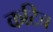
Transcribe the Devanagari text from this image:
कटिच